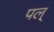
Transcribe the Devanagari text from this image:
पल्